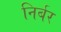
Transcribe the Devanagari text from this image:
निर्बर